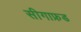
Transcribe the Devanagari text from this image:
सीगाफ्रड